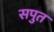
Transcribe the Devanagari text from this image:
सपुत